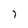
Character: 7